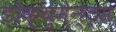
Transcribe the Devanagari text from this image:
डोक्युमेन्ट्स